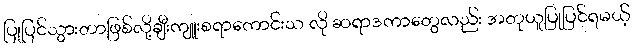
ပြုပြင်သွားတာဖြစ်လို့ချီးကျူးစရာကောင်းသ လို ဆရာဒကာတွေလည်း အတုယူပြုပြင်ရမယ့်